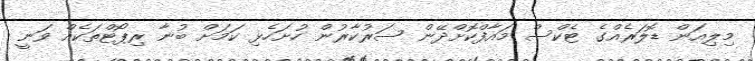
މިލިއަން ޑޮލަރެއްގެ ޓެކްސް މައާފްކޮށްދޭން ސަރުކާރުން ހުށަހެޅި ކަމަށް ބުނާ ރިޕޯޓްތަކެއް ވަނީ